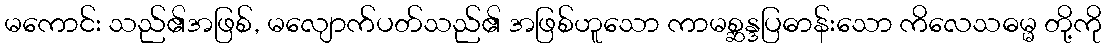
မကောင်း သည်၏အဖြစ်, မလျောက်ပတ်သည်၏ အဖြစ်ဟူသော ကာမစ္ဆန္ဒပြဓာန်းသော ကိလေသဓမ္မ တို့ကို